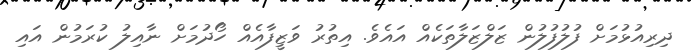
ދިރިއުޅުމަށް ފުލުފުލުން ޒަލްޒަލާތަކެއް އައެވެ. އިިތުރު ވަޒީފާއެއް ހޯދުމަށް ނާއިލު ކުރަމުން އައި